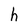
Character: h